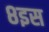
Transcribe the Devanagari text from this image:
८इस